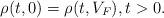
LaTeX: \begin{align*} \rho(t,0)=\rho(t,V_F),t>0.\end{align*}